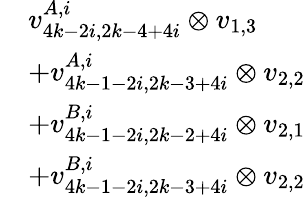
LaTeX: \begin{array}{rl}&{v_{4k-2i,2k-4+4i}^{A,i}\otimes v_{1,3}}\\ &{+v_{4k-1-2i,2k-3+4i}^{A,i}\otimes v_{2,2}}\\ &{+v_{4k-1-2i,2k-2+4i}^{B,i}\otimes v_{2,1}}\\ &{+v_{4k-1-2i,2k-3+4i}^{B,i}\otimes v_{2,2}}\end{array}